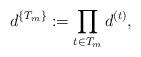
LaTeX: \begin{align*}d^{ \{ T_m \} }:= \prod_{t \in T_m} d^{(t)} ,\end{align*}